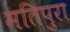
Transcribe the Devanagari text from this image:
मतिपुरा